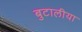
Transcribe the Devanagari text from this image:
बुटालीया